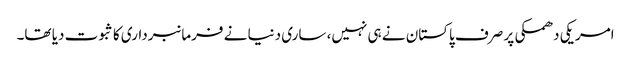
امریکی دھمکی پر صرف پاکستان نے ہی نہیں، ساری دنیا نے فرمانبرداری کا ثبوت دیا تھا۔